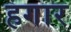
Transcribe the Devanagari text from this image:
हगार